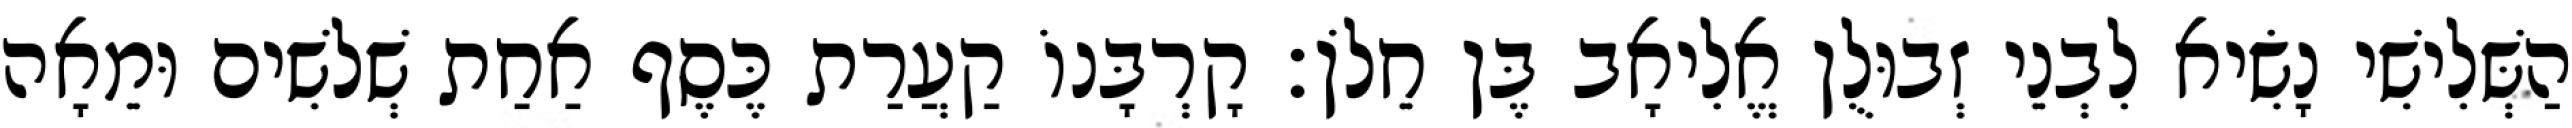
הַשְּׁלִישִׁי נָשִׂיא לִבְנֵי זְבוּלֻן אֱלִיאָב בֶּן חֵלֹן׃ קָרְבָּנוֹ קַעֲרַת כֶּסֶף אַחַת שְׁלשִׁים וּמֵאָה